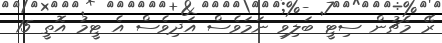
ރޭ މެޗުން ސިޓީ ބަލިވި ނަމަވެސް އަދިވެސް އެ ޓީމު އޮތީ 15